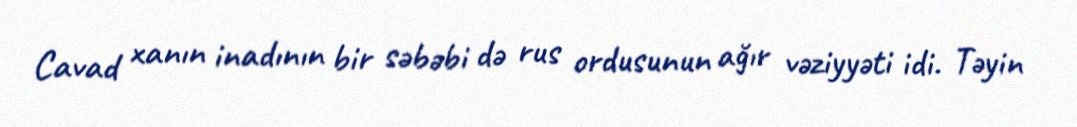
Cavad xanın inadının bir səbəbi də rus ordusunun ağır vəziyyəti idi. Təyin